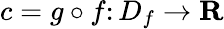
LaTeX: c=g\circ f\colon D_{f}\rightarrow\mathbf{R}